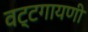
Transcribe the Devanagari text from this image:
वट्टगायणी